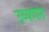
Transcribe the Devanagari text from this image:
उय्यप्पन